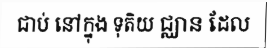
ជាប់ នៅក្នុង ទុតិយ ជ្ឈាន ដែល